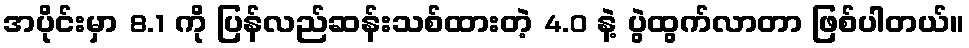
အပိုင်းမှာ 8.1 ကို ပြန်လည်ဆန်းသစ်ထားတဲ့ 4.0 နဲ့ ပွဲထွက်လာတာ ဖြစ်ပါတယ်။